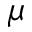
\mu